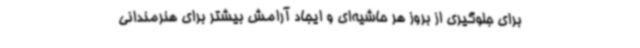
برای جلوگیری از بروز هر حاشیه‌ای و ایجاد آرامش بیشتر برای هنرمندانی